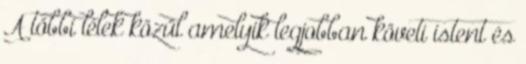
A többi lélek közül amelyik legjobban követi istent és